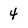
Character: 4